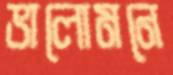
ভালোমনে